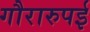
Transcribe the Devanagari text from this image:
गौरारुपई